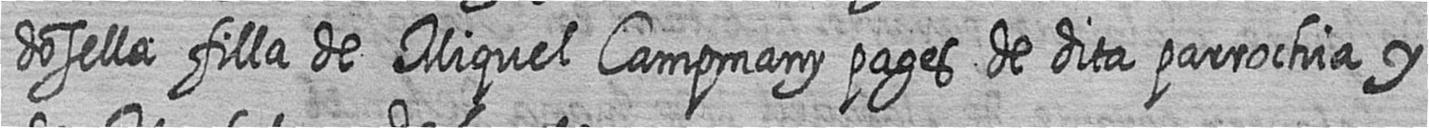
dosella filla de Miquel Campmany pages de dita parrochia y